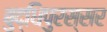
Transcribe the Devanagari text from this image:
बुद्धिपुरस्सर